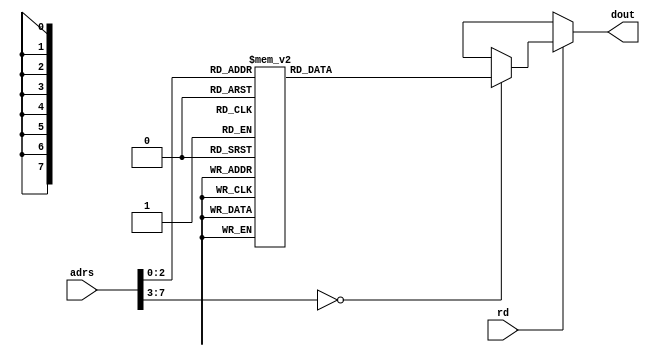
// sub
module rom(
	adrs, dout, rd );
	
	input  [7:0] adrs;
	output [7:0] dout;
	input  rd;
	
	reg    [7:0] rom_data;
	
	always@( adrs ) begin
		case( adrs )
			8'h00 : rom_data = 8'h01;
			8'h01 : rom_data = 8'h10;
			8'h02 : rom_data = 8'h05;
			8'h03 : rom_data = 8'h22;
			8'h04 : rom_data = 8'h01;
			8'h05 : rom_data = 8'h20;
			8'h06 : rom_data = 8'h07;
			8'h07 : rom_data = 8'h22;
			default : rom_data = 8'bxxxxxxxx;
		endcase
	end
	
	assign dout = ( rd == 1'b1 ) ? rom_data : 8'bxxxxxxxx;
	
endmodule